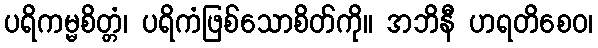
ပရိကမ္မစိတ္တံ၊ ပရိကံဖြစ်သောစိတ်ကို။ အဘိနီ ဟရတိစေဝ၊